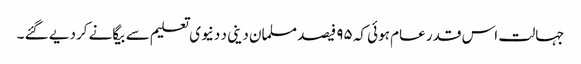
جہالت اس قدر عام ہوئی کہ ۹۵ فیصد مسلمان دینی د دنیوی تعلیم سے بیگانے کردیے گئے ۔